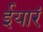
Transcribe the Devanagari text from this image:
ईयारं